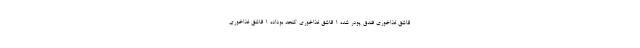
قاشق غذاخوری فندق پودر شده 1 قاشق غذاخوری کنجد بوداده 1 قاشق غذاخوری